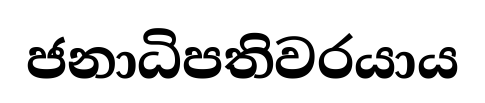
ජනාධිපතිවරයාය